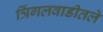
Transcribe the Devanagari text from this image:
त्रिंगलवाडीतले